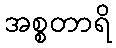
အစ္စတာရိ